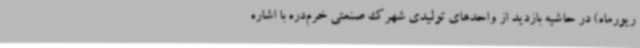
ریورماه) در حاشیه بازدید از واحدهای تولیدی شهرک صنعتی خرم‌دره با اشاره